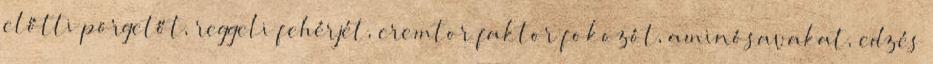
előtti pörgetőt, reggeli fehérjét, cremtor faktor fokozót, aminósavakat, edzés